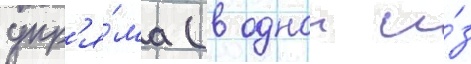
упр'я́ма (в однои и́з